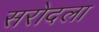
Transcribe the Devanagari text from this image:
सरोदला